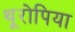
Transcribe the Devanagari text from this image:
थूरोपिया